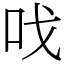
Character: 𠯫